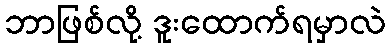
ဘာဖြစ်လို့ ဒူးထောက်ရမှာလဲ